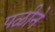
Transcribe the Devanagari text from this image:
पळीने